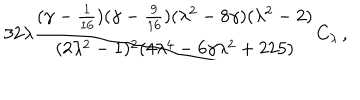
3 2 \lambda { \frac { ( \gamma - { \frac { 1 } { 1 6 } } ) ( \gamma - { \frac { 9 } { 1 6 } } ) ( \lambda ^ { 2 } - 8 \gamma ) ( \lambda ^ { 2 } - 2 ) } { ( 2 \lambda ^ { 2 } - 1 ) ^ { 2 } ( 4 \lambda ^ { 4 } - 6 \gamma \lambda ^ { 2 } + 2 2 5 ) } } C _ { \lambda } \, ,